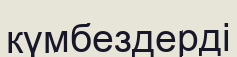
күмбездерді